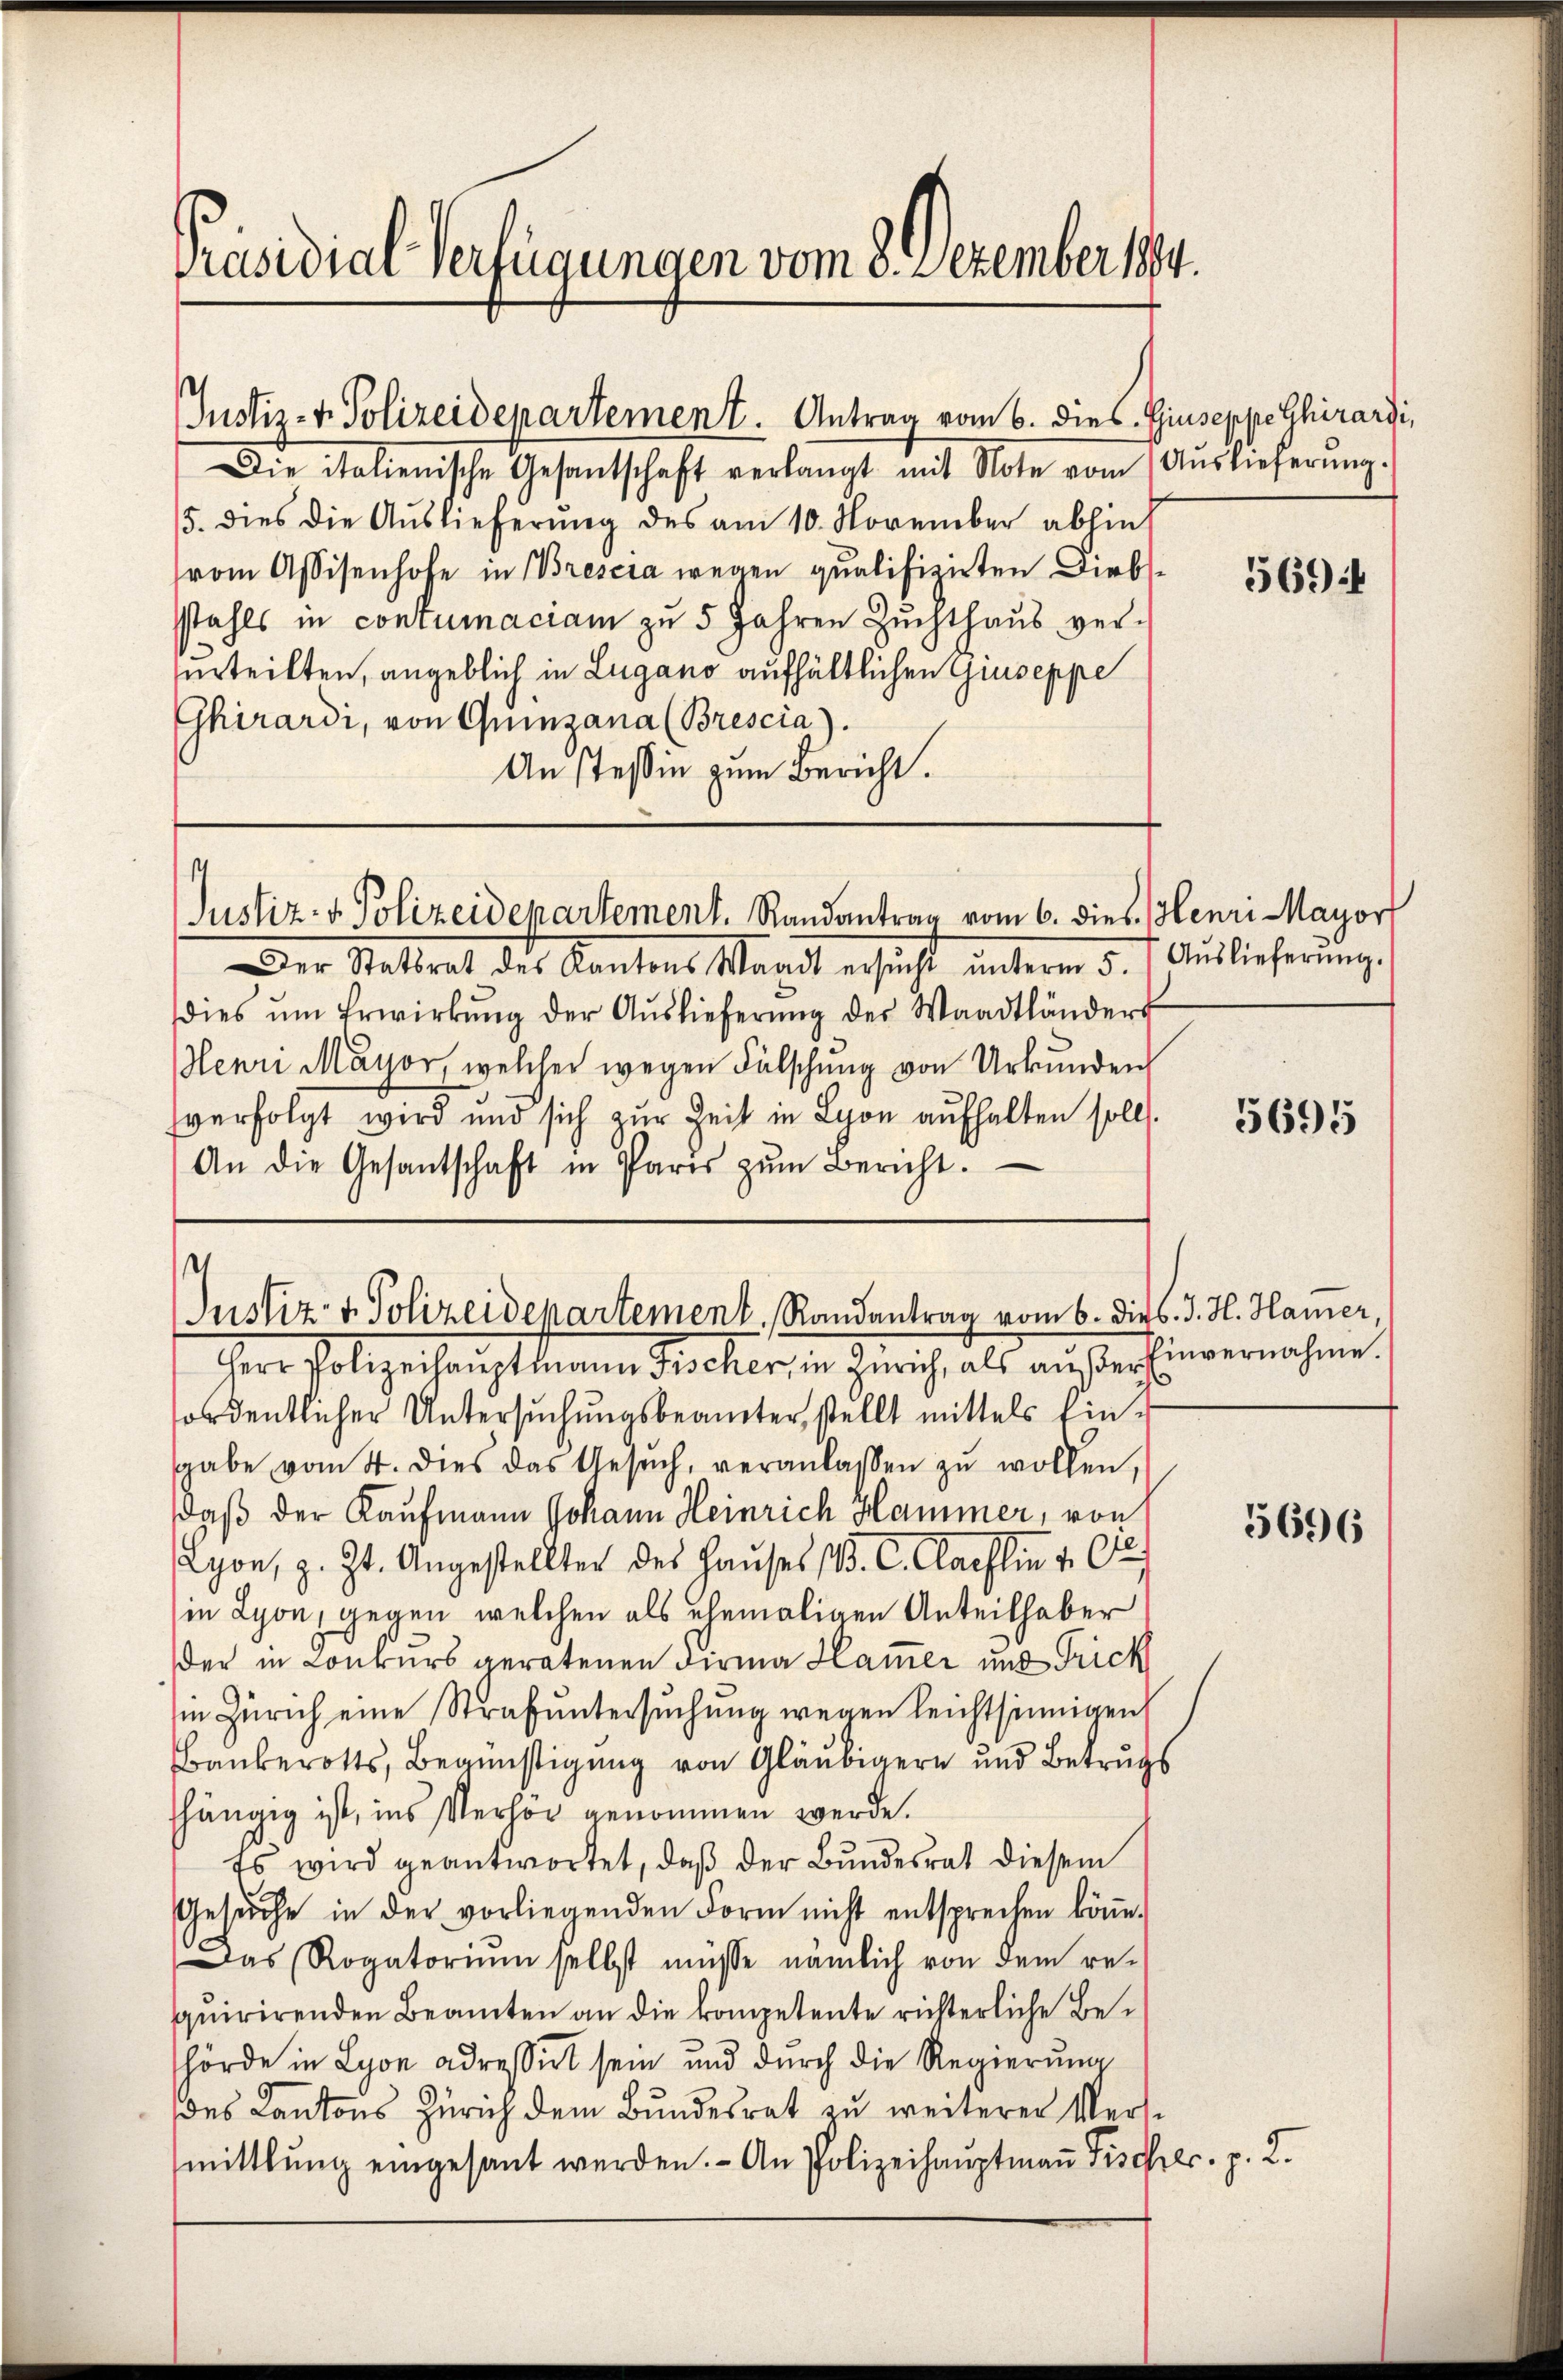
Präsidial-Verfügungen vom 3. Dezember 1894.

¬

Die italienische Gesantschaft verlangt mit Note vom Aŭslieferŭng.
5. dies die Auslieferung des am 10. November ablief
vom Assisenhofe in Brescia wegen qualifizirten Diebsstahls in contumaciam zu 5 Jahren Zuchthaŭs ver-
urteilten, angeblich in Lugano aufhältlichen Guseppe
Ghirardi, von Quinzana (Brescia).
An steßin zum Bericht.

Justiz- & Polizeidepartement. Antrag vom 6. dies. Giuseppe Ghirardi,

¬
Justiz- & Polizeidepartement. Randantrag vom 6. dies Henri Mayort

Justiz- & Polizeidepartement, Randantrag vom 6. Dieb. J. H. Hamer,

Der Stattrat des Kantons Waadt ersucht ŭnterm 5. Auslieferung.
dies ŭm Erwirkŭng der Aŭslieferŭng der Waadtländers
enri Mayor, welcher wegen Fälschung von Urkunden
verfolgt wird und sich zur Zeit in Lyon aufhalten soll.
An die Gesantschaft in Paris zŭm Bericht.

Herr Polizeihauptmann Fischer, in Zürich, als außer Einvernahme.
fordentlicher Untersuchungsbeamter, stellt mittels Eingabe vom 4. dies das Gesŭch, veranlassen zu wollen,
daß der Kaufmann Johann Heinrich Hammer, von
Lyon, z. Zt. Angestellten des Haŭses (V. C. Carlin v. Or
in Lyon, gegen welchen als ehemaligen Anteilhaber
der in Conkurs geratenen Firma Hammer und Frick
in Zürich eine Strafuntersuchung wegen leichtsinnigen
Bauberotts, Begünstigung von Gläubigern und Betrugs
fhängig ist, ins Verhör genommen werde.
Es wird geantwortet, daß der Bundesrat diesem
Gesŭche in der vorliegenden Form nicht entsprechen köṅe.
Das Rogatoriŭm selbst müsse nämlich von dem re-
quirirenden Beamten an die kompetente richterliche Behörde in Lyon adressirt sein und durch die Regierung
des Kantons Zürich dem Bundesrat zu weiterer Versmittlung eingesant werden. - An Polizeihaŭptmaṅ Fischer. p. 2.

5694

5695

5696